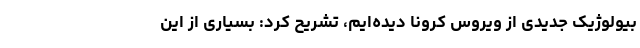
بیولوژیک جدیدی از ویروس کرونا دیده‌ایم، تشریح کرد: بسیاری از این